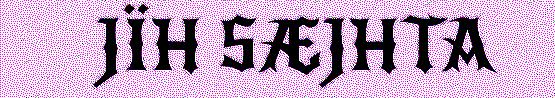
JÏH SÆJHTA